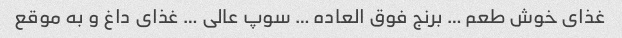
غذای خوش طعم … برنج فوق العاده … سوپ عالی … غذای داغ و به موقع